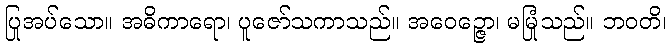
ပြုအပ်သော။ အဓိကာရော၊ ပူဇော်သကာသည်။ အဝေဉ္ဇော၊ မမြုံသည်။ ဘဝတိ၊